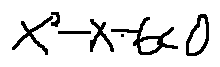
x ^ { 2 } - x - 6 < 0